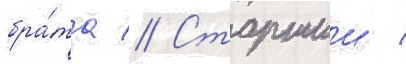
бра́та // Старшии /